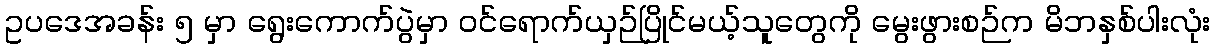
ဥပဒေအခန်း ၅ မှာ ရွေးကောက်ပွဲမှာ ဝင်ရောက်ယှဉ်ပြိုင်မယ့်သူတွေကို မွေးဖွားစဉ်က မိဘနှစ်ပါးလုံး